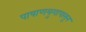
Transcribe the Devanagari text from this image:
पाषाणयुगापासून